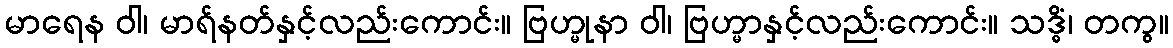
မာရေန ဝါ၊ မာရ်နတ်နှင့်လည်းကောင်း။ ဗြဟ္မုနာ ဝါ၊ ဗြဟ္မာနှင့်လည်းကောင်း။ သဒ္ဓိံ၊ တကွ။